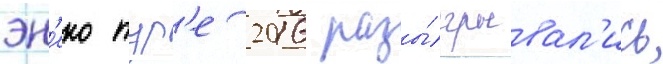
эн'еко тур'е 2016 разы́грывал'ись